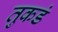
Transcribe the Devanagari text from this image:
तुकडं